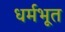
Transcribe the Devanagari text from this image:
धर्मभूत